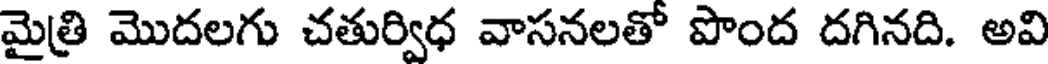
మైత్రి మొదలగు చతుర్విధ వాసనలతో పొంద దగినది. అవి